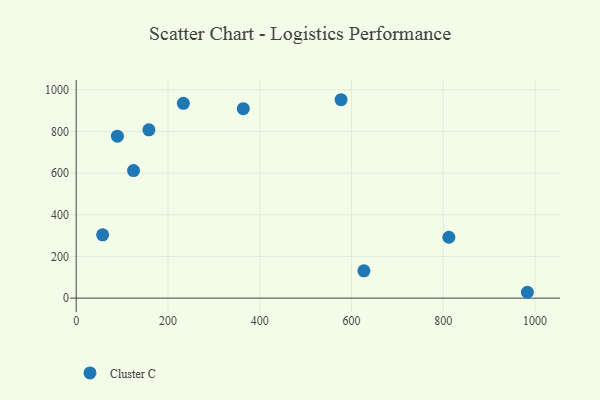
{"axis": {"x": "Experience", "y": "Sales"}, "legend": ["Cluster C"], "data": [{"x": "57.6", "y": 304.0, "type": "Cluster C"}, {"x": "812.1", "y": 292.5, "type": "Cluster C"}, {"x": "89.8", "y": 778.0, "type": "Cluster C"}, {"x": "627.0", "y": 131.3, "type": "Cluster C"}, {"x": "158.4", "y": 808.2, "type": "Cluster C"}, {"x": "577.2", "y": 952.9, "type": "Cluster C"}, {"x": "364.1", "y": 910.1, "type": "Cluster C"}, {"x": "233.5", "y": 935.7, "type": "Cluster C"}, {"x": "983.2", "y": 28.1, "type": "Cluster C"}, {"x": "124.9", "y": 612.7, "type": "Cluster C"}]}